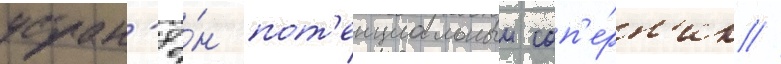
устран'ё́н пот'енциальныи соп'е́рн'ик //